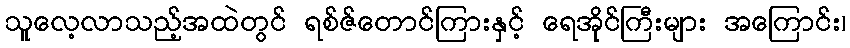
သူလေ့လာသည့်အထဲတွင် ရစ်ဇ်တောင်ကြားနှင့် ရေအိုင်ကြီးများ အကြောင်း၊